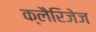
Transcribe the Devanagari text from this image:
क्लैरिजेज